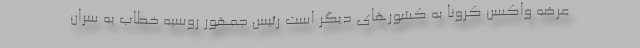
عرضه واکسن کرونا به کشورهای دیگر است رئیس جمهور روسیه خطاب به سران